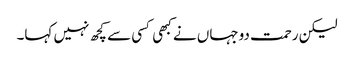
لیکن رحمت دوجہاں نے کبھی کسی سے کچھ نہیں کہا۔